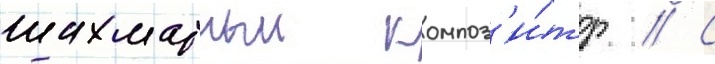
шахматныи композ'и́тор // С